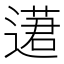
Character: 𨖗